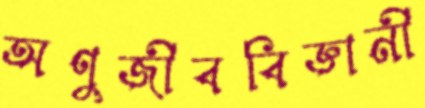
অণুজীববিজ্ঞানী